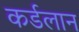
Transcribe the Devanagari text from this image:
कर्डलान